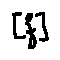
[ f ]